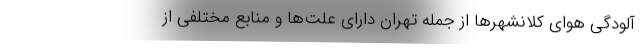
آلودگی هوای کلانشهرها از جمله تهران دارای علت‌ها و منابع مختلفی از